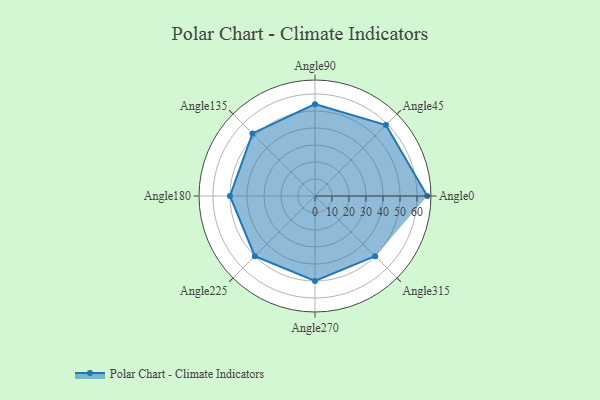
{"axis": {"x": "Angle", "y": "Radius"}, "legend": [""], "data": [{"x": "Angle0", "y": 66.0, "type": ""}, {"x": "Angle45", "y": 59.0, "type": ""}, {"x": "Angle90", "y": 54.0, "type": ""}, {"x": "Angle135", "y": 52.0, "type": ""}, {"x": "Angle180", "y": 50, "type": ""}, {"x": "Angle225", "y": 50, "type": ""}, {"x": "Angle270", "y": 50, "type": ""}, {"x": "Angle315", "y": 50, "type": ""}]}